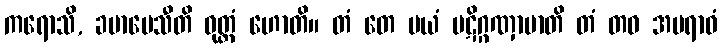
ကရောသိ, ခမာပေသီတိ ဝုတ္တံ ဟောတိ။ တံ တေ မယံ ပဋိဂ္ဂဏှာမာတိ တံ တဝ အပရာဓံ